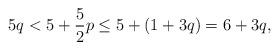
LaTeX: \begin{align*}5q<5+\dfrac{5}{2}p\leq 5+(1+3q)=6+3q,\end{align*}